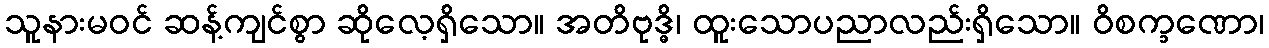
သူနားမဝင် ဆန့်ကျင်စွာ ဆိုလေ့ရှိသော။ အတိဗုဒ္ဓိ၊ ထူးသောပညာလည်းရှိသော။ ဝိစက္ခဏော၊